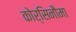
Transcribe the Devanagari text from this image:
कोर्सिनौमा